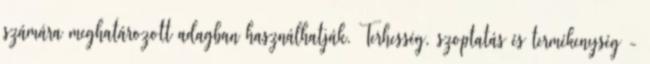
számára meghatározott adagban használhatják. Terhesség, szoptatás és termékenység -